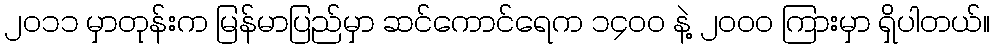
၂၀၁၁ မှာတုန်းက မြန်မာပြည်မှာ ဆင်ကောင်ရေက ၁၄၀၀ နဲ့ ၂၀၀၀ ကြားမှာ ရှိပါတယ်။